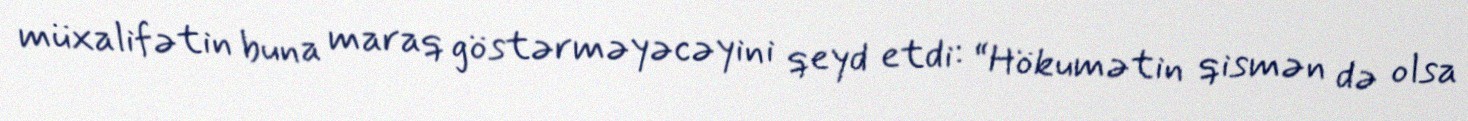
müxalifətin buna maraq göstərməyəcəyini qeyd etdi: “Hökumətin qismən də olsa